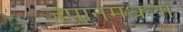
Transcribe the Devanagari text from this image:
जपानमधला